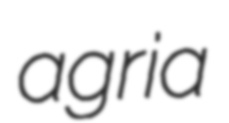
agria